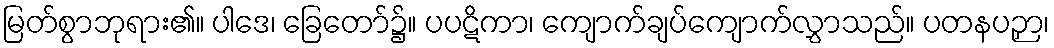
မြတ်စွာဘုရား၏။ ပါဒေ၊ ခြေတော်၌။ ပပဋိကာ၊ ကျောက်ချပ်ကျောက်လွှာသည်။ ပတနပဉှာ၊